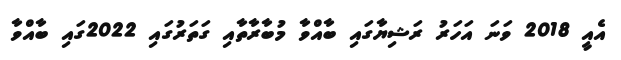
އެއީ 2018 ވަނަ އަހަރު ރަޝިޔާގައި ބާއްވާ މުބާރާތާއި ގަތަރުގައި 2022ގައި ބާއްވާ